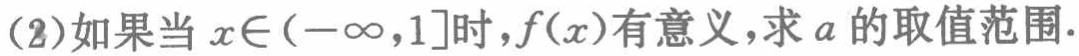
(2)如果当$x\in(-\infty,1]$时，$f(x)$有意义，求$a$的取值范围.